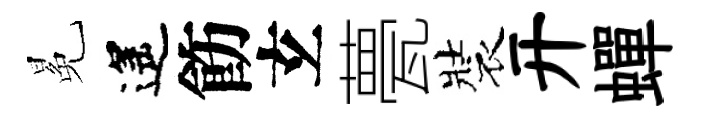
冕遙飭𤣥甍裝开蟬